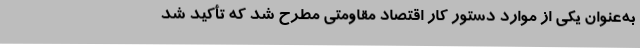
به‌عنوان یکی از موارد دستور کار اقتصاد مقاومتی مطرح شد که تأکید شد